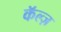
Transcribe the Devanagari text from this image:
कॅल्ज़